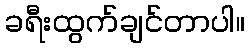
ခရီးထွက်ချင်တာပါ။